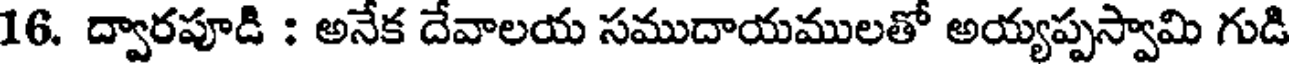
16. ద్వారపూడి : అనేక దేవాలయ సముదాయములతో అయ్యప్పస్వామి గుడి